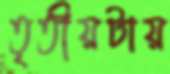
তৃতীয়টায়